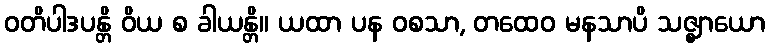
ဝတိပါဒပန္တိ ဝိယ စ ခါယန္တိ။ ယထာ ပန ဝစသာ, တထေဝ မနသာပိ သဇ္ဈာယော